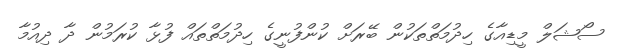
ސޯޝަލް މީޑިއާގެ ހިދުމަތްތަކުން ބޭރަށް ކުންފުނީގެ ހިދުމަތްތައް ފުޅާ ކުރަމުން ދާ ދިއުމާ